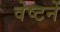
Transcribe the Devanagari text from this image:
वेष्टनें